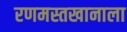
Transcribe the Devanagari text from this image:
रणमस्तखानाला